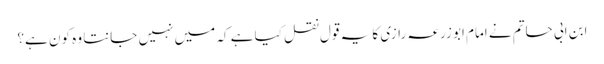
ابن ابی حاتم نے امام ابو زرعہ رازی کا یہ قول نقل کیا ہے کہ میں نہیں جانتا وہ کون ہے؟